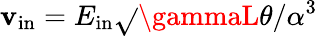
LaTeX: \mathbf{v}_{\mathrm{{in}}}=E_{\mathrm{{in}}}\sqrt{}{{\gammaL\theta/\alpha^{3}}}